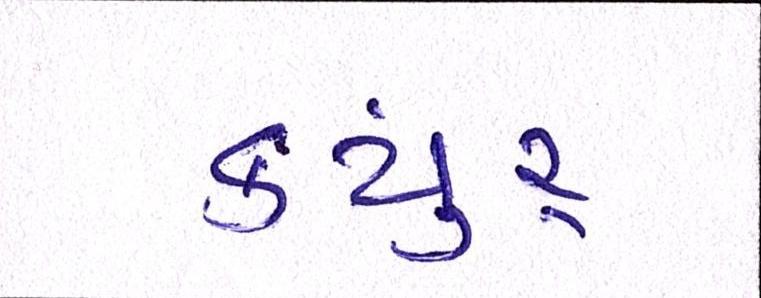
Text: કયુંર્